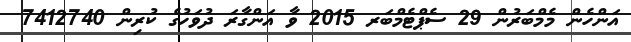
އަންހެން މެމްބަރުން 29 ސެޕްޓެމްބަރ 2015 ވާ އަންގާރަ ދުވަހުގެ ކުރިން 7412740